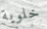
خلوية